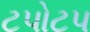
ટપોટપ